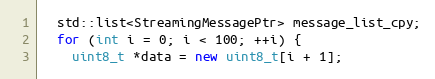
Language: C++
  std::list<StreamingMessagePtr> message_list_cpy;
  for (int i = 0; i < 100; ++i) {
    uint8_t *data = new uint8_t[i + 1];